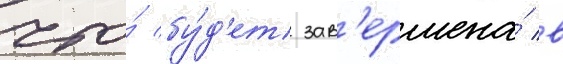
что́ бу́д'ет зав'ершена́ в